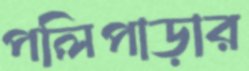
পলিপাড়ার